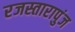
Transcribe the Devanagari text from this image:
रजस्तारापुंज